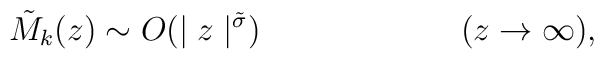
\tilde{M}_k (z) \sim O(\mid z\mid ^{\tilde{\sigma}} ) \hspace{1in}(z\rightarrow\infty),